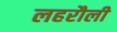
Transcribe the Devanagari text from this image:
लहरौली